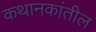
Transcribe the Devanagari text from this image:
कथानकांतील